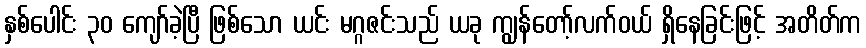
နှစ်ပေါင်း ၃၀ ကျော်ခဲ့ပြီ ဖြစ်သော ယင်း မဂ္ဂဇင်းသည် ယခု ကျွန်တော့်လက်ဝယ် ရှိနေခြင်းဖြင့် အတိတ်က